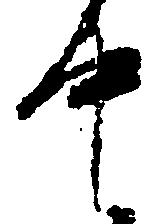
中